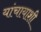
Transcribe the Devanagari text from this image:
यांचायाशी